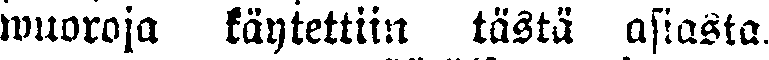
wuoroja käytettiin tästä asiasta.